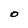
Character: O